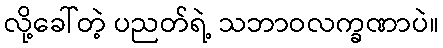
လို့ခေါ်တဲ့ ပညတ်ရဲ့ သဘာဝလက္ခဏာပဲ။